Medical and sanitary report of the native army of Madras for the year
Year: 1872
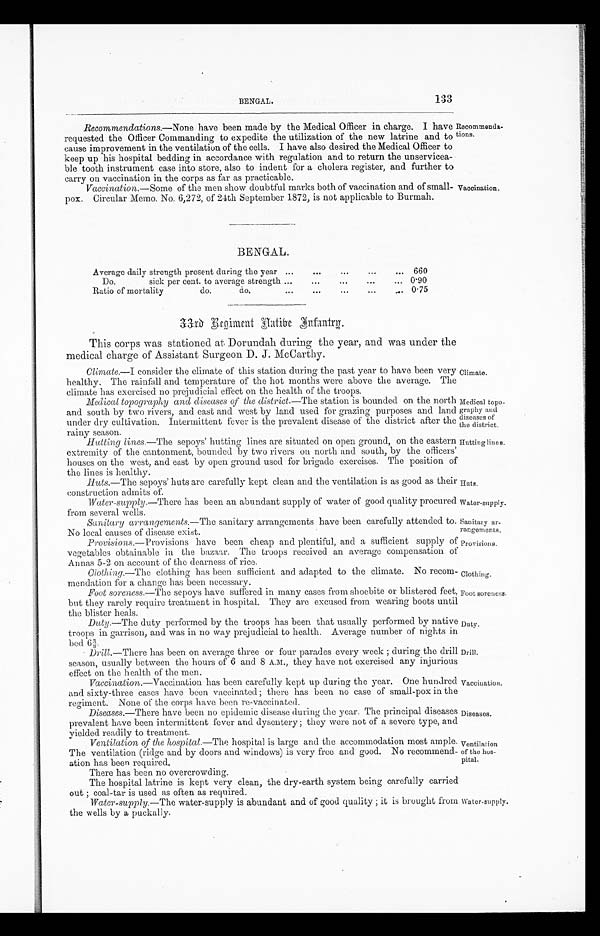
BENGAL.
133
Recommendations .—None have been made by the Medical Officer in charge. I have
requested the Officer Commanding to expedite the utilization of the new latrine and to
cause improvement in the ventilation of the cells. I have also desired the Medical Officer to
keep up his hospital bedding in accordance with regulation and to return the unservicea-
ble tooth instrument case into store, also to indent for a cholera register, and further to
carry on vaccination in the corps as far as practicable.
Vaccination .—Some of the men show doubtful marks both of vaccination and of small-
pox. Circular Memo. No. 6,272, of 24th September 1872, is not applicable to Burmah.
Recommenda-
tions.
Vaccination.
BENGAL.
Average daily strength present during the year
660
Do. sick per cent. to average strength
0.90
Ratio of mortality do. do.
0.75
33rd Regiment Natibe Infantry.
This corps was stationed at Dorundah during the year, and was under the
medical charge of Assistant Surgeon D. J. McCarthy.
Climate .—I consider the climate of this station during the past year to have been very
healthy. The rainfall and temperature of the hot months were above the average. The
climate has exercised no prejudicial effect on the health of the troops.
Medical topography and diseases of the district. — T h e
s t a t i o n i s b o u n d e d o n t h e n o r t h
and south by two rivers, and east and west by land used for grazing purposes and land
under dry cultivation. Interrnittent fever is the prevalent disease of the district after the
rainy season.
Hutting lines .—The sepoys' hutting lines are situated on open ground, on the eastern
extremity of the cantonment, bounded by two rivers on north and south, by the officers'
houses on the west, and east by open ground used for brigade exercises. The position of
the lines is healthy.
Huts .—The sepoys' huts are carefully kept clean and the ventilation is as good as their
construction admits of.
Water-supply .—There has been an abundant supply of water of good quality procured
from several wells.
Sanitary arrangements .—The sanitary arrangements have been carefully attended to.
No local causes of disease exist.
Provisions.—Provisions have been cheap and plentiful, and a sufficient supply of
vegetables obtainable in the bazaar. The troops received an average compensation of
Annas 5 - 2 on account. of the dearness of rice.
Clothing. —The clothing has been sufficient and adapted to the climate. No recom-
mendation for a change has been necessary.
Foot soreness . — T h e
s e p o y s h a v e s u f f e r e d i n m a n y c a s e s f r o m s h o e b i t e o r b l i s t e r e d f e e t ,
but they rarely require treatment in hospital. They are excused from wearing boots until
the blister heals.
Duty .—The duty performed by the troops has been that usually performed by native
troops in garrison, and was in no way prejudicial to health. Average number of nights in
bed 6 3/8
Drill .—There has been on average three or four parades every week ; during the drill
season, usually between the hours of 6 and 8 A.M., they have not exercised any injurious
effect on the health of the men.
Vaccination.—Vaccination has been carefully kept up during the year. One hundred
and sixty-three cases have been vaccinated ; there has been no case of small-pox in the
regiment. None of the corps have been re-vaccinated.
Diseases.—There have been no epidemic disease during the year. The principal diseases
prevalent have been intermittent fever and dysentery ; they were not of a severe type, and
yielded readily to treatment.
Ventilation of the hospital . — T h e
h o s p i t a l i s l a r g e a n d t h e a c c o m m o d a t i o n m o s t a m p l e .
The ventilation (ridge and by doors and windows) is very free and good. No recommend-
ation has been required.
There has been no overcrowding.
The hospital latrine is kept very clean, the dry-earth system being carefully carried
out ; coal- tar is used as often as required.
Water-supply .—The water-supply is abundant and of good quality ; it is brought from
the wells by a puckally.
Climate.
Medical topo-
graphy and
diseases of
the district.
Hutting lines.
Hats.
Water-supply.
sanitary ar-
rangements.
Provisions.
Clothing.
Foot soreness.
Duty.
Drill.
Vaccination.
Diseases.
Ventilation
of the hos-
pital.
Water supply.